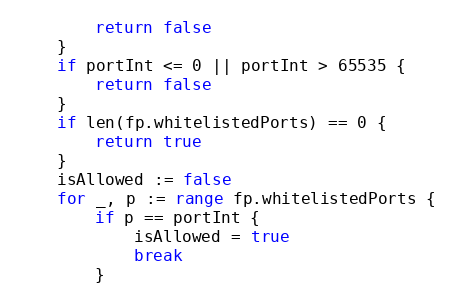
Language: Go
		return false
	}
	if portInt <= 0 || portInt > 65535 {
		return false
	}
	if len(fp.whitelistedPorts) == 0 {
		return true
	}
	isAllowed := false
	for _, p := range fp.whitelistedPorts {
		if p == portInt {
			isAllowed = true
			break
		}